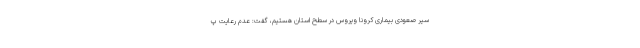
سیر صعودی بیماری کرونا ویروس در سطح استان هستیم، گفت: عدم رعایت پ